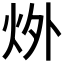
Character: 𪸟